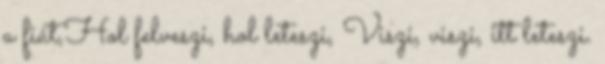
a fiát,Hol felveszi, hol leteszi, Viszi, viszi, itt leteszi.